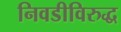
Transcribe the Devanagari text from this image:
निवडीविरुद्ध